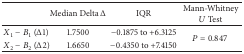
<table><thead><tr><td><b> </b></td><td><b>Median Delta Δ</b></td><td><b>IQR</b></td><td><b>Mann-Whitney <i>U</i> Test</b></td></tr></thead><tbody><tr><td><i>X</i><sub>1</sub> − <i>B</i><sub>1</sub> (Δ1)</td><td>1.7500</td><td>−0.1875 to +6.3125</td><td rowspan="2"><i>P</i> = 0.847</td></tr><tr><td><i>X</i><sub>2</sub> − <i>B</i><sub>2</sub> (Δ2)</td><td>1.6650</td><td>−0.4350 to +7.4150</td></tr></tbody></table>